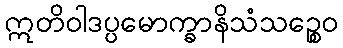
ဣတိဝါဒပ္ပမောက္ခာနိသံသဉ္စေဝ